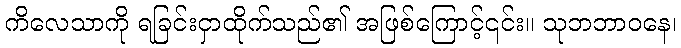
ကိလေသာကို ရခြင်းငှာထိုက်သည်၏ အဖြစ်ကြောင့်၎င်း။ သုဘဘာဝနေ၊